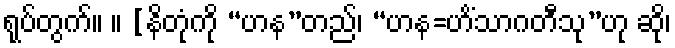
ရုပ်တွက်။ ။ [နိတုံကို “ဟန”တည်၊ “ဟန=ဟိံသာဂတီသု”ဟု ဆို၊